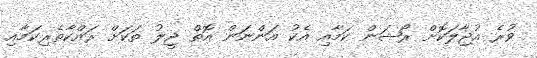
ވުރެ އުޖާލަކޮށް ރޯޝަން ކަމާއި އެކު އަންނަން އޮތް ޖީލު ތަކަށް ރައްކާތެރިކަމާއި